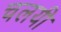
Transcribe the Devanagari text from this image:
चलयी